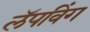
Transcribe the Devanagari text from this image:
लॅपविंग